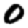
Digit: 0